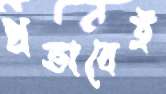
প্রভাবেই